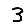
Digit: 3